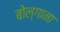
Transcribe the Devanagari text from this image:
बोल्गाना